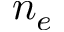
n _ { e }